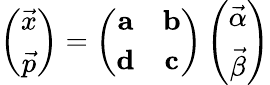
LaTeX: \left(\begin{array}{c}{{\vec{x}}}\\ {{\vec{p}}}\end{array}\right)=\left(\begin{array}{cc}{{{\mathbf a}}}&{{{\mathbf b}}}\\ {{{\mathbf d}}}&{{{\mathbf c}}}\end{array}\right)\left(\begin{array}{c}{{\vec{\alpha}}}\\ {{\vec{\beta}}}\end{array}\right)